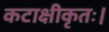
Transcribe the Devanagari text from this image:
कटाक्षीकृतः।